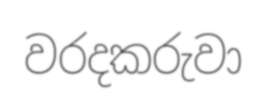
වරදකරුවා